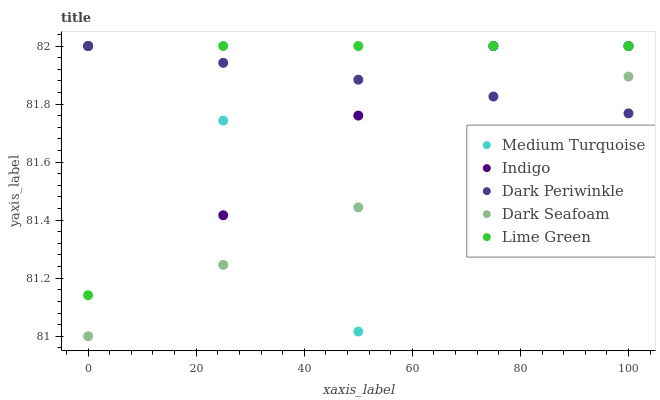
| xaxis_label | Medium Turquoise | Indigo | Dark Periwinkle | Dark Seafoam | Lime Green |
 | --- | --- | --- | --- | --- | --- |
 | 0 | 82 | 82 | 82 | 81 | 81.1 |
 | 25 | 81.7 | 81.4 | 81.9 | 81.2 | 82 |
 | 50 | 81 | 81.8 | 81.9 | 81.4 | 82 |
 | 75 | 82 | 82 | 81.8 | 81.7 | 82 |
 | 100 | 82 | 82 | 81.8 | 81.9 | 82 |